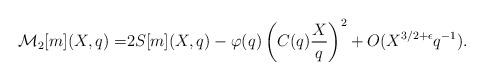
LaTeX: \begin{align*}\mathcal{M}_2[m](X,q)=&2S[m](X,q)-\varphi(q)\left(C(q)\dfrac{X}{q}\right)^2+O(X^{3/2+\epsilon}q^{-1}).\end{align*}